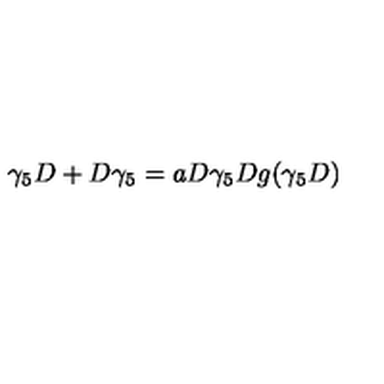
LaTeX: \gamma _ { 5 } D + D \gamma _ { 5 } = a D \gamma _ { 5 } D g ( \gamma _ { 5 } D )